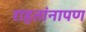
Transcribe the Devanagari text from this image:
राहतांनापण